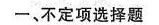
-、不定项选择题